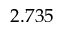
2 . 7 3 5